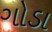
ગોડા